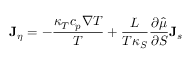
{ \bf J } _ { \eta } = - \frac { \kappa _ { T } c _ { p } \nabla T } { T } + \frac { L } { T \kappa _ { S } } \frac { \partial \hat { \mu } } { \partial S } { \bf J } _ { s }